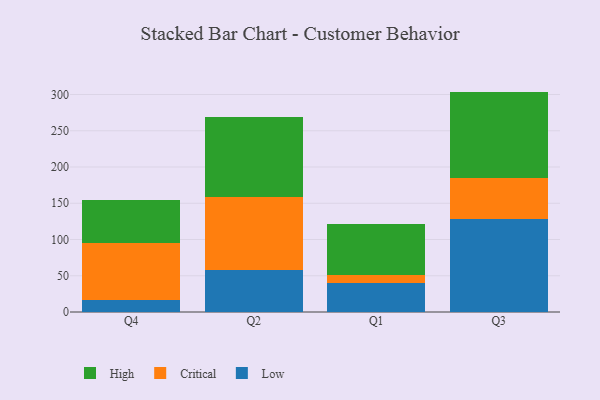
{"axis": {"x": "Quarter", "y": "Net Income (USD K)"}, "legend": ["Critical", "High", "Low"], "data": [{"x": "Q4", "y": 16.7, "type": "Low"}, {"x": "Q4", "y": 78.3, "type": "Critical"}, {"x": "Q4", "y": 59.3, "type": "High"}, {"x": "Q2", "y": 58.5, "type": "Low"}, {"x": "Q2", "y": 100.0, "type": "Critical"}, {"x": "Q2", "y": 110.8, "type": "High"}, {"x": "Q1", "y": 39.4, "type": "Low"}, {"x": "Q1", "y": 11.7, "type": "Critical"}, {"x": "Q1", "y": 70.5, "type": "High"}, {"x": "Q3", "y": 128.7, "type": "Low"}, {"x": "Q3", "y": 56.5, "type": "Critical"}, {"x": "Q3", "y": 118.8, "type": "High"}]}